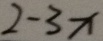
2 - 3 x